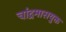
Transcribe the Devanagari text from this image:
चांद्रमासयुक्त